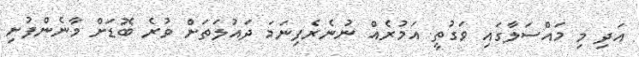
އަދި މި މައްސަލާގައި ވަގުތީ އަމުރެއް ނުނެރެފިނަމަ ދައުލަތަށް ވުރެ ބޮޑަށް މާނެންފުށި